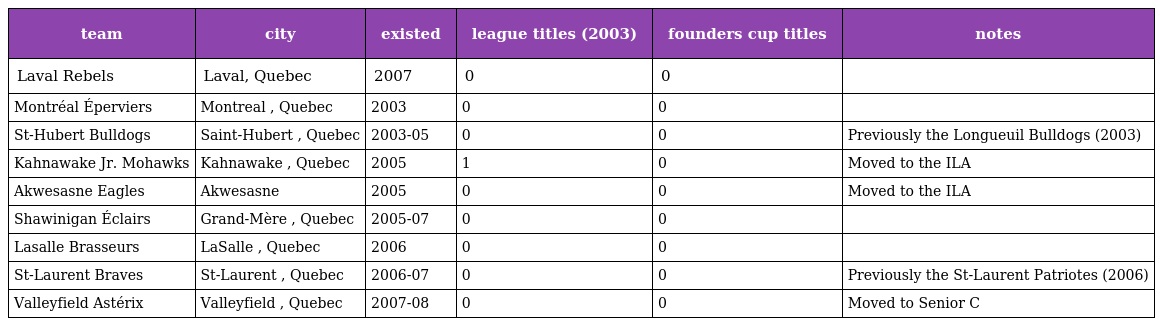
| team | city | existed | league titles (2003) | founders cup titles | notes |
 | --- | --- | --- | --- | --- | --- |
 | Laval Rebels | Laval, Quebec | 2007 | 0 | 0 |  |
 | Montréal Éperviers | Montreal , Quebec | 2003 | 0 | 0 |  |
 | St-Hubert Bulldogs | Saint-Hubert , Quebec | 2003-05 | 0 | 0 | Previously the Longueuil Bulldogs (2003) |
 | Kahnawake Jr. Mohawks | Kahnawake , Quebec | 2005 | 1 | 0 | Moved to the ILA |
 | Akwesasne Eagles | Akwesasne | 2005 | 0 | 0 | Moved to the ILA |
 | Shawinigan Éclairs | Grand-Mère , Quebec | 2005-07 | 0 | 0 |  |
 | Lasalle Brasseurs | LaSalle , Quebec | 2006 | 0 | 0 |  |
 | St-Laurent Braves | St-Laurent , Quebec | 2006-07 | 0 | 0 | Previously the St-Laurent Patriotes (2006) |
 | Valleyfield Astérix | Valleyfield , Quebec | 2007-08 | 0 | 0 | Moved to Senior C |